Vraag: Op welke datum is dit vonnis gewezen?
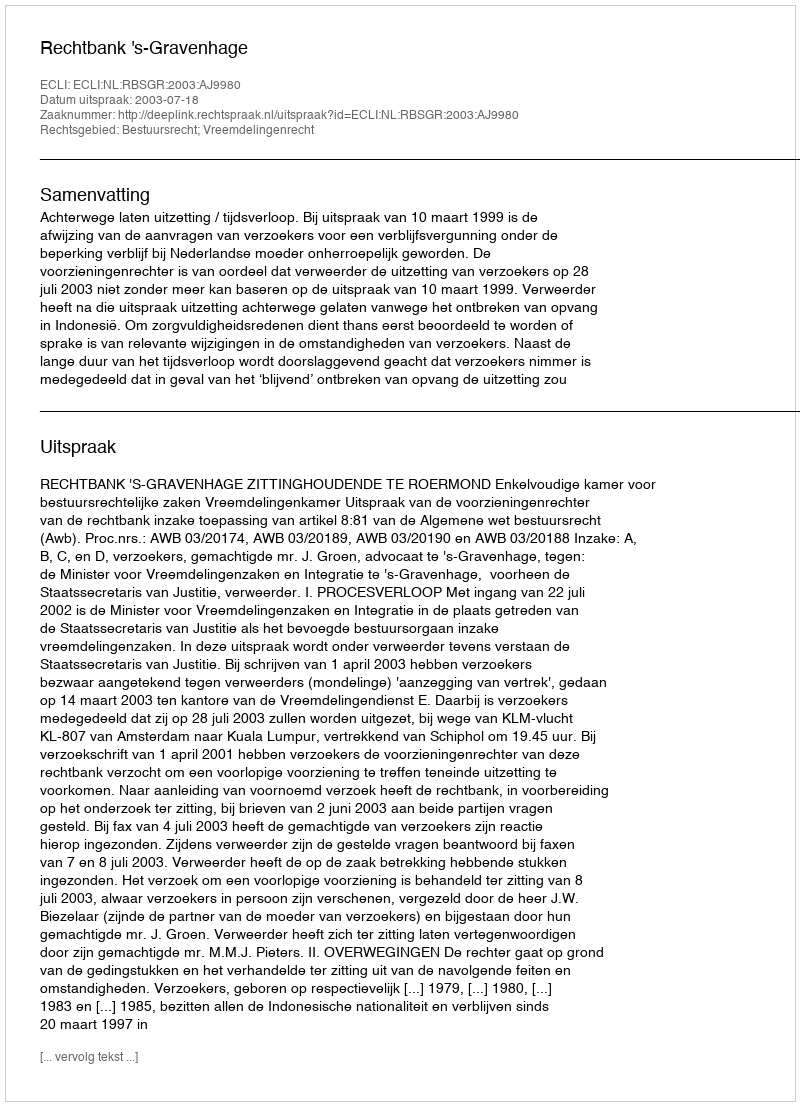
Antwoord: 2003-07-18